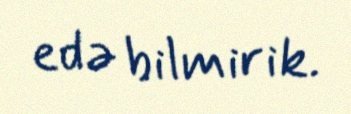
edə bilmirik.